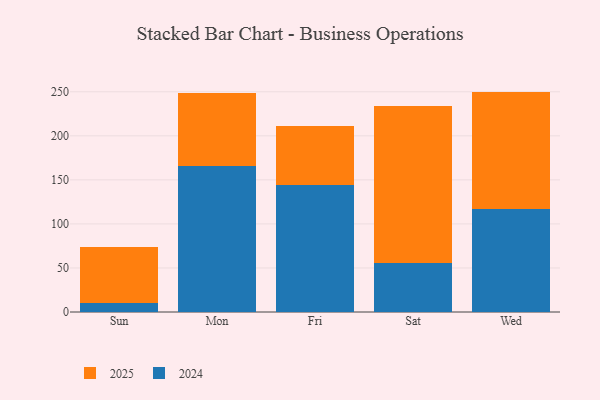
{"axis": {"x": "Day", "y": "Latency (ms)"}, "legend": ["2024", "2025"], "data": [{"x": "Sun", "y": 63.7, "type": "2025"}, {"x": "Sun", "y": 10.6, "type": "2024"}, {"x": "Mon", "y": 83.1, "type": "2025"}, {"x": "Mon", "y": 166.0, "type": "2024"}, {"x": "Fri", "y": 66.7, "type": "2025"}, {"x": "Fri", "y": 144.0, "type": "2024"}, {"x": "Sat", "y": 178.1, "type": "2025"}, {"x": "Sat", "y": 56.0, "type": "2024"}, {"x": "Wed", "y": 132.8, "type": "2025"}, {"x": "Wed", "y": 117.4, "type": "2024"}]}